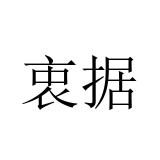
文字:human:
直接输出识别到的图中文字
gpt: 衷据